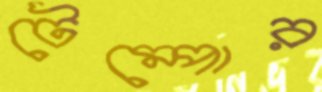
টেম্পোর